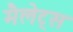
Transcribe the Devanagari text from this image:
मैलेट्स